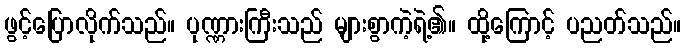
ဖွင့်ပြောလိုက်သည်။ ပုဏ္ဏားကြီးသည် များစွာကဲ့ရဲ့၏။ ထို့ကြောင့် ပညတ်သည်။